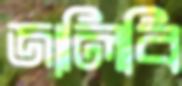
জালিবি